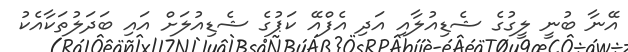
އޭނާ ބުނީ ލީގުގެ ޝެޑިއުލާއި އަދި އެފްއޭ ކަޕުގެ ޝެޑިއުލަށް އައި ބަދަލުތަކާއެކު